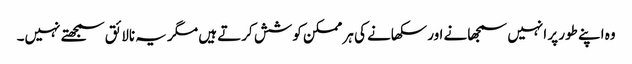
وہ اپنے طور پر انہیں سمجھانے اور سکھانے کی ہر ممکن کوشش کرتے ہیں مگر یہ نالائق سمجھتے نہیں۔